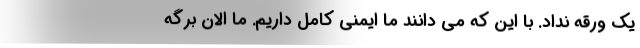
یک ورقه نداد. با این که می دانند ما ایمنی کامل داریم. ما الان برگه